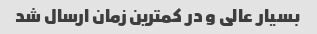
بسیار عالی و در کمترین زمان ارسال شد